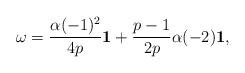
LaTeX: \begin{gather*}\omega=\frac{\alpha(-1)^{2}}{4p}\textbf{1}+\frac{p-1}{2p}\alpha(-2)\textbf{1},\end{gather*}